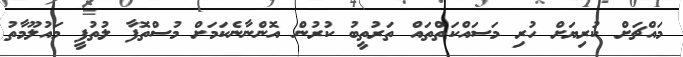
މައްޗަށް ކުރިޔަށް ހުރި މަސައްކަތްތައް ތަރުތީބު ކުރުން އޮންނާނެކަމަށް މުސްތޮފާ ލުތުފީ މައުލޫމާތު